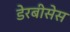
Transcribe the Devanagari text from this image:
डेरबीसेस